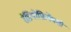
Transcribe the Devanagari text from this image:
रेडियोफ्रिक्वेंसी